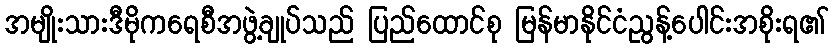
အမျိုးသားဒီမိုကရေစီအဖွဲ့ချုပ်သည် ပြည်ထောင်စု မြန်မာနိုင်ငံညွန့်ပေါင်းအစိုးရ၏